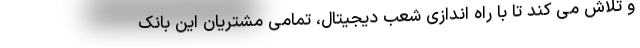
و تلاش می کند تا با راه اندازی شعب دیجیتال، تمامی مشتریان این بانک